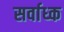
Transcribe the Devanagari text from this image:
सर्वाध्क